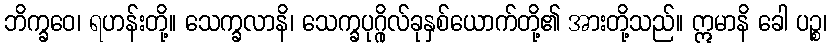
ဘိက္ခဝေ၊ ရဟန်းတို့။ သေက္ခလာနိ၊ သေက္ခပုဂ္ဂိုလ်ခုနှစ်ယောက်တို့၏ အားတို့သည်။ ဣမာနိ ခေါ ပဉ္စ၊